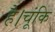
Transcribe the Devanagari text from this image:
है।चूंकि